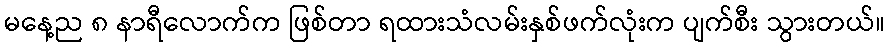
မနေ့ည ၈ နာရီလောက်က ဖြစ်တာ ရထားသံလမ်းနှစ်ဖက်လုံးက ပျက်စီး သွားတယ်။